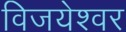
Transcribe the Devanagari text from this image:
विजयेश्वर